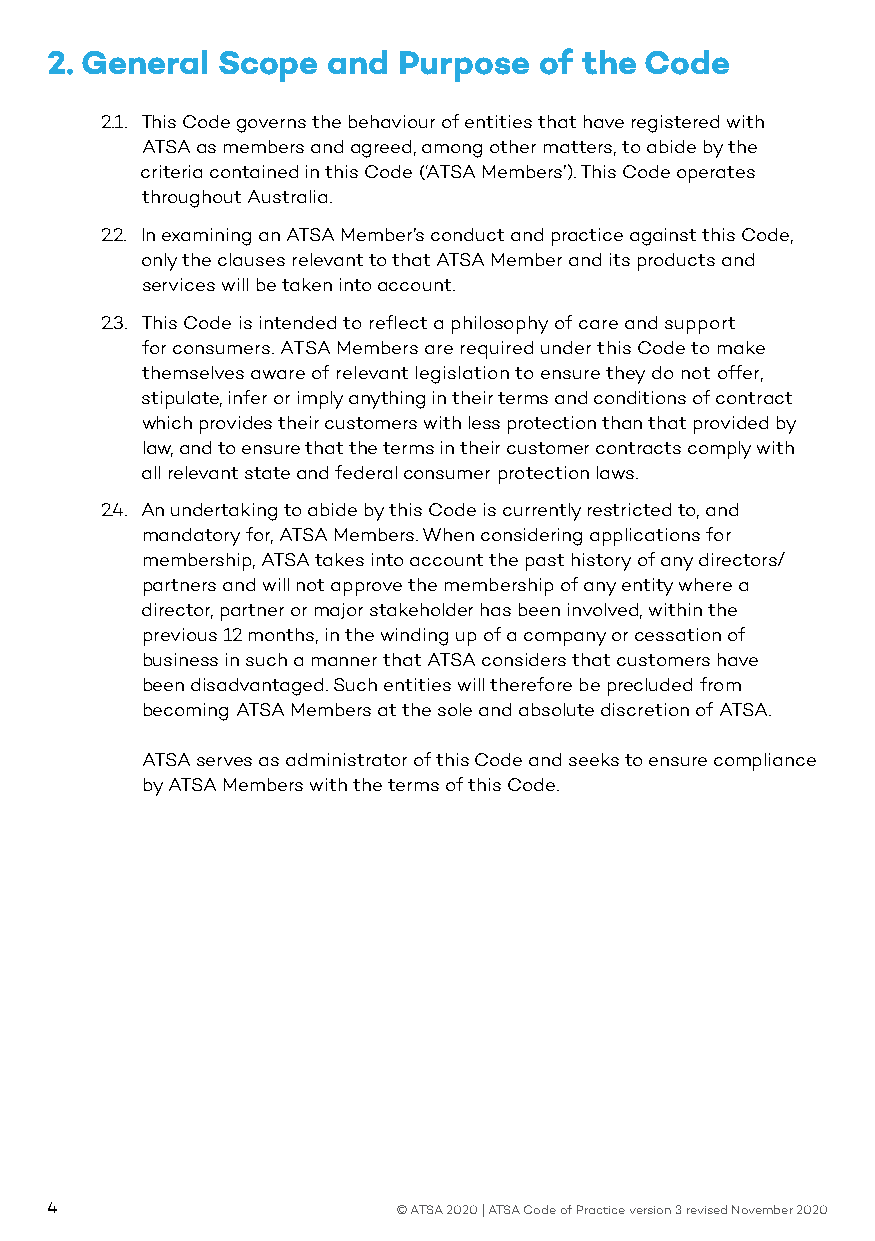
2. General Scope   and Purpose   of the Code
 2.1. This Code governs the behaviour of entities that have registered with
 ATSA as members and agreed, among other matters, to abide by the
 criteria contained in this Code (‘ATSA Members’). This Code operates
 throughout Australia.
 2.2. In examining an ATSA Member’s conduct and practice against this Code,
 only the clauses relevant to that ATSA Member and its products and
 services will be taken into account.
 2.3. This Code is intended to reflect a philosophy of care and support
 for consumers. ATSA Members are required under this Code to make
 themselves aware of relevant legislation to ensure they do not offer,
 stipulate, infer or imply anything in their terms and conditions of contract
 which provides their customers with less protection than that provided by
 law, and to ensure that the terms in their customer contracts comply with
 all relevant state and federal consumer protection laws.
 2.4. An undertaking to abide by this Code is currently restricted to, and
 mandatory for, ATSA Members. When considering applications for
 membership, ATSA takes into account the past history of any directors/
 partners and will not approve the membership of any entity where a
 director, partner or major stakeholder has been involved, within the
 previous 12 months, in the winding up of a company or cessation of
 business in such a manner that ATSA considers that customers have
 been disadvantaged. Such entities will therefore be precluded from
 becoming ATSA Members at the sole and absolute discretion of ATSA.
 ATSA serves as administrator of this Code and seeks to ensure compliance
 by ATSA Members with the terms of this Code.
 4                      © ATSA 2020 | ATSA Code of Practice version 3 revised November 2020